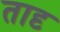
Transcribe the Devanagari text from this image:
तादृ